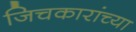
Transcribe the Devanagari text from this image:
जिचकारांच्या